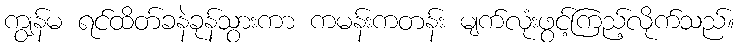
ကျွန်မ ရင်ထိတ်ခနဲခုန်သွားကာ ကမန်းကတန်း မျက်လုံးဖွင့်ကြည့်လိုက်သည်။